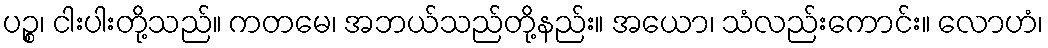
ပဉ္စ၊ ငါးပါးတို့သည်။ ကတမေ၊ အဘယ်သည်တို့နည်း။ အယော၊ သံလည်းကောင်း။ လောဟံ၊